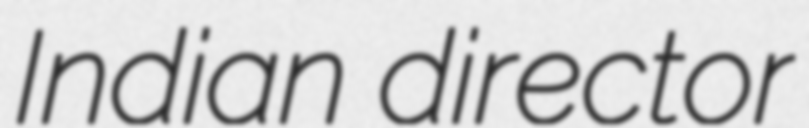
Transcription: Indian director